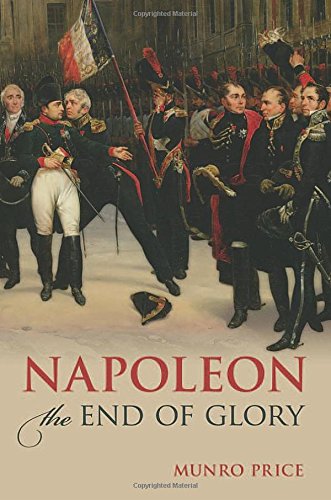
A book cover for Napoleon: The End of Glory; Munro Price; History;